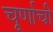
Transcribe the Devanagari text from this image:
चूर्णाची